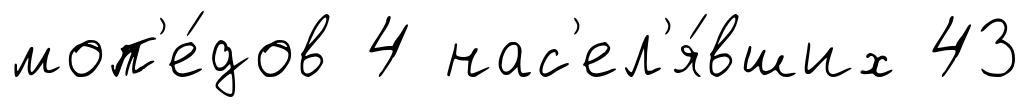
моп'е́дов 4 нас'ел'я́вших 43